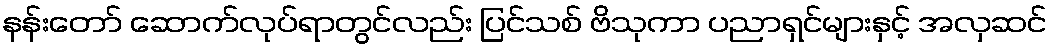
နန်းတော် ဆောက်လုပ်ရာတွင်လည်း ပြင်သစ် ဗိသုကာ ပညာရှင်များနှင့် အလှဆင်